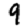
Digit: 9